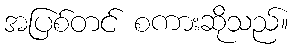
အပြစ်တင် စကားဆိုသည်။